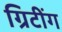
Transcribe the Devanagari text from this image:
ग्रिटींग